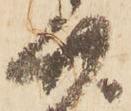
廿